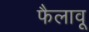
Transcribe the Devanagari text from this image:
फैलावू